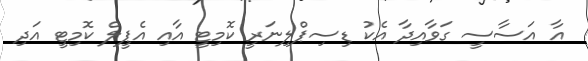
އާ އަސާސީ ގަވާއިދާ އެކު ޑިސިޕްލިނަރީ ކޮމިޓީ އާއި އެޕީލް ކޮމިޓީ އަދި